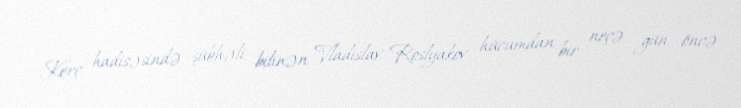
Kerç hadisəsində şübhəli bilinən Vladislav Roslyakov hücumdan bir neçə gün öncə